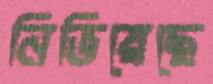
নিভিয়েছে